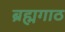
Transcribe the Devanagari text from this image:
ब्रह्मगाठ